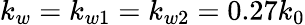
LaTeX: k_{w}=k_{w1}=k_{w2}=0.27k_{0}